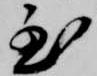
至